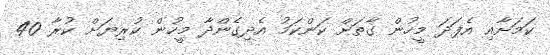
ކަމަށާއި އެފަދަ މީހުން ގާތަށް ކަންކަމު އެދިގެންދާ މީހުން ކުރިޔަށް ކުރާ 40